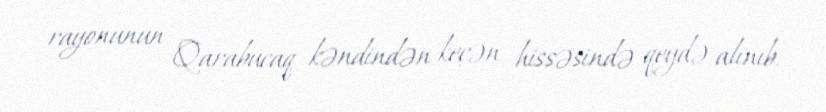
rayonunun Qarabucaq kəndindən keçən hissəsində qeydə alınıb.